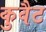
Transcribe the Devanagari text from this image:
कुवैट